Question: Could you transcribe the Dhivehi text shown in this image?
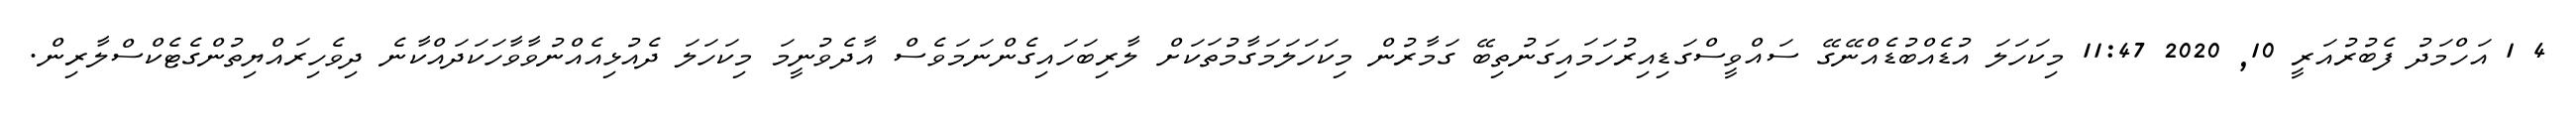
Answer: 4 1 އަހްމަދު ފެބުރުއަރީ 10, 2020 11:47 މިކަހަލަ އުޑެއްބުޑެއްނޭގޭ ސައްވީސްގަޑިއިރުހަމައިގަނުތިބޭ ގަމާރުން މިކަހަލަމަގާމުތަކަށް ލާރިބަހައިގެންނަމަވެސް އާދެވުނީމަ މިކަހަލަ ދެއުޅިއެއްނުވާވާހަކަދައްކާނެ ދިވެހިރައްޔިތުންގެޓެކްސްލާރިން.